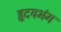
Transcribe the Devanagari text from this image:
हृदयभंग